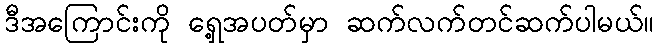
ဒီအကြောင်းကို ရှေ့အပတ်မှာ ဆက်လက်တင်ဆက်ပါမယ်။